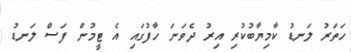
ހަތަރު ލަނޑު ކާމިޔާބުކުރި އިރު ދެވަނަ ހާފުގައި އެ ޓީމުން ފަސް ލަނޑު